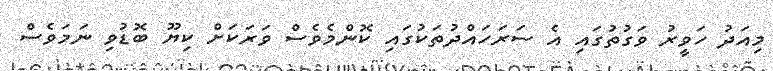
މިއަދު ހަވީރު ވަގުތުގައި އެ ސަރަހައްދުތަކުގައި ކޮންމެވެސް ވަރަކަށް ކިޔޫ ބޮޑުވި ނަމަވެސް